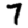
Digit: 7